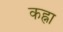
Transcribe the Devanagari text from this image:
कह्ना